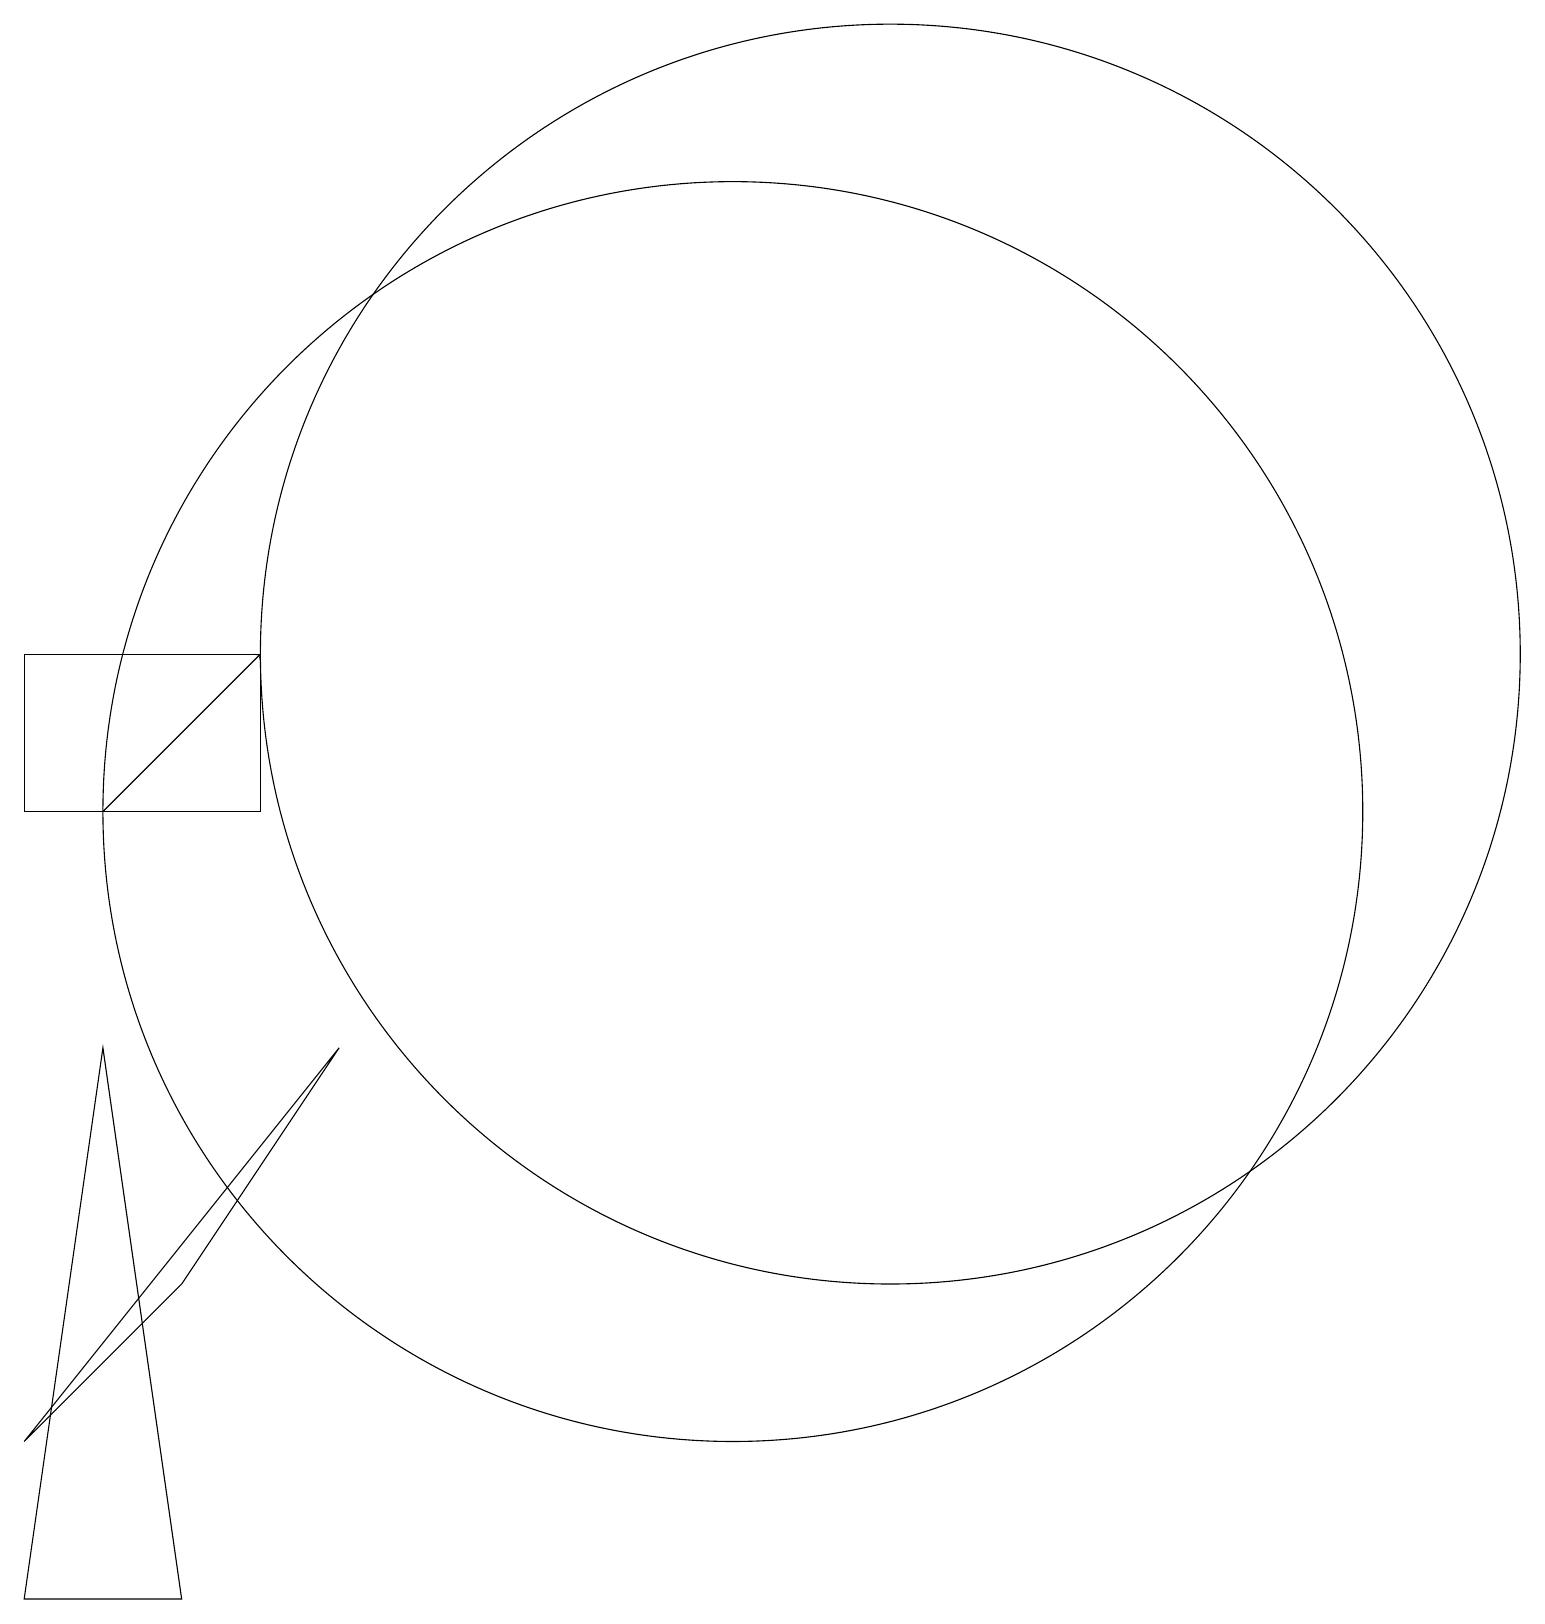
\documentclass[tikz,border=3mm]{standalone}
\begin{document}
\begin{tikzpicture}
\draw[->] (2,10) -- (4,12);
\draw (4,10) rectangle (1,12);
\draw (12,12) circle (8);
\draw (5,7) -- (1,2) -- (3,4) -- cycle;
\draw (1,0) -- (3,0) -- (2,7) -- cycle;
\draw (10,10) circle (8);
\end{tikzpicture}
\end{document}